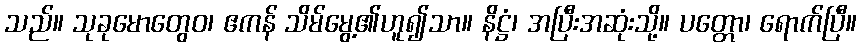
သည်။ သုခုမောတွေဝ၊ ဧကန် သိမ်မွေ့၏ဟူ၍သာ။ နိဋ္ဌံ၊ အပြီးအဆုံးသို့။ ပတ္တော၊ ရောက်ပြီ။